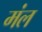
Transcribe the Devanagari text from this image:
मंल